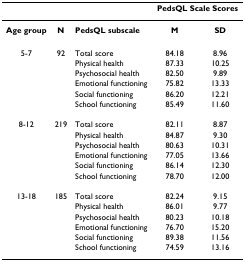
|  |  |  | <COLSPAN=2> PedsQL Scale Scores |
 | --- | --- | --- | --- | --- |
 | Age group | N | PedsQL subscale | M | SD |
 | 5-7 | 92 | Total score | 84.18 | 8.96 |
 |  |  | Physical health | 87.33 | 10.25 |
 |  |  | Psychosocial health | 82.50 | 9.89 |
 |  |  | Emotional functioning | 75.82 | 13.33 |
 |  |  | Social functioning | 86.20 | 12.21 |
 |  |  | School functioning | 85.49 | 11.60 |
 | 8-12 | 219 | Total score | 82.11 | 8.87 |
 |  |  | Physical health | 84.87 | 9.30 |
 |  |  | Psychosocial health | 80.63 | 10.31 |
 |  |  | Emotional functioning | 77.05 | 13.66 |
 |  |  | Social functioning | 86.14 | 12.30 |
 |  |  | School functioning | 78.70 | 12.00 |
 | 13-18 | 185 | Total score | 82.24 | 9.15 |
 |  |  | Physical health | 86.01 | 9.77 |
 |  |  | Psychosocial health | 80.23 | 10.18 |
 |  |  | Emotional functioning | 76.70 | 15.20 |
 |  |  | Social functioning | 89.38 | 11.56 |
 |  |  | School functioning | 74.59 | 13.16 |